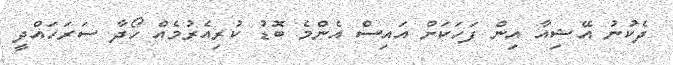
ދެކުނު އޭޝިއާ އިން ފަހަކަށް އައިސް އެންމެ ބޮޑު ކުރިއެރުމެއް ހޯދާ ސަރަހައްދީ